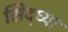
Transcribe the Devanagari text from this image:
सिद्ध्या